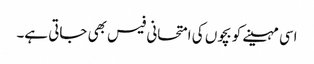
اسی مہینے کو بچوں کی امتحانی فیس بھی جاتی ہے۔